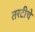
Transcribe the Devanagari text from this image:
तरटीचे